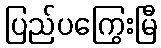
ပြည်ပကြွေးမြီ